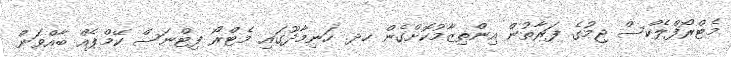
މެޓްރޯފްލެކްސް ޖިމުގެ ފަރާތުން އިންތިޒާމުކޮށްގެން ހދ. ހަނިމާދޫގައި މެޓްރޯ ފިޓްނަސް ކޭމްޕެއް ބާއްވަން